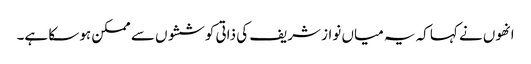
انھوں نے کہا کہ یہ میاں نواز شریف کی ذاتی کوششوں سے ممکن ہو سکا ہے۔